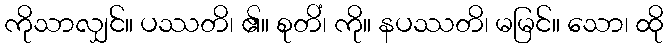
ကိုသာလျှင်။ ပဿတိ၊ ၏။ စုတိံ၊ ကို။ နပဿတိ၊ မမြင်။ သော၊ ထို